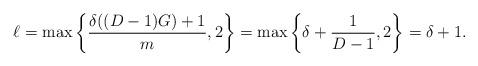
LaTeX: \begin{align*}\ell = \max \left\{ \frac{ \delta((D-1)G) +1}{m},2 \right\} = \max \left\{ \delta + \frac{1}{D-1},2 \right\} = \delta +1.\end{align*}